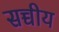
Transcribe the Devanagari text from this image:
सच्चीय